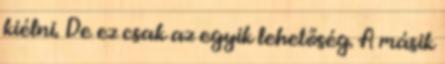
kiélni. De ez csak az egyik lehetőség. A másik